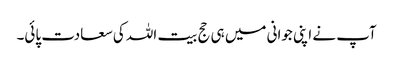
آپ نے اپنی جوانی میں ہی حج بیت اللہ کی سعادت پائی۔